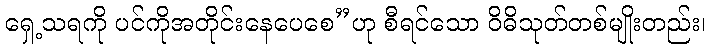
ရှေ့သရကို ပင်ကိုအတိုင်းနေပေစေ”ဟု စီရင်သော ဝိဓိသုတ်တစ်မျိုးတည်း၊